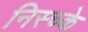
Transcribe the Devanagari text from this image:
निस्च्के